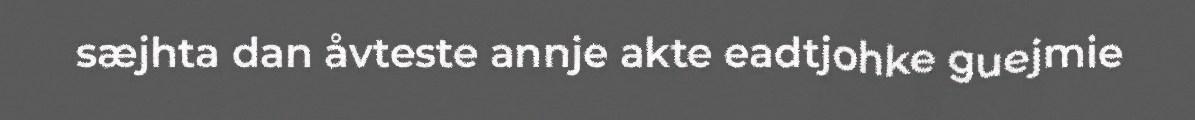
sæjhta dan åvteste annje akte eadtjohke guejmie